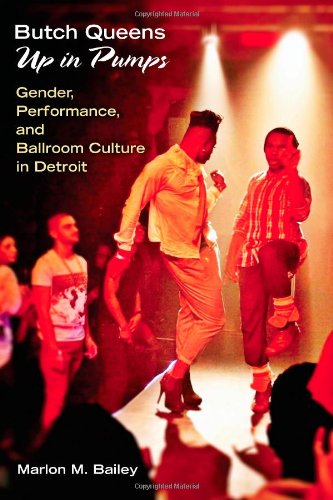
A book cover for Butch Queens Up in Pumps: Gender, Performance, and Ballroom Culture in Detroit (Triangulations: Lesbian/Gay/Queer Theater/Drama/Performance); Marlon  M. Bailey; Literature & Fiction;